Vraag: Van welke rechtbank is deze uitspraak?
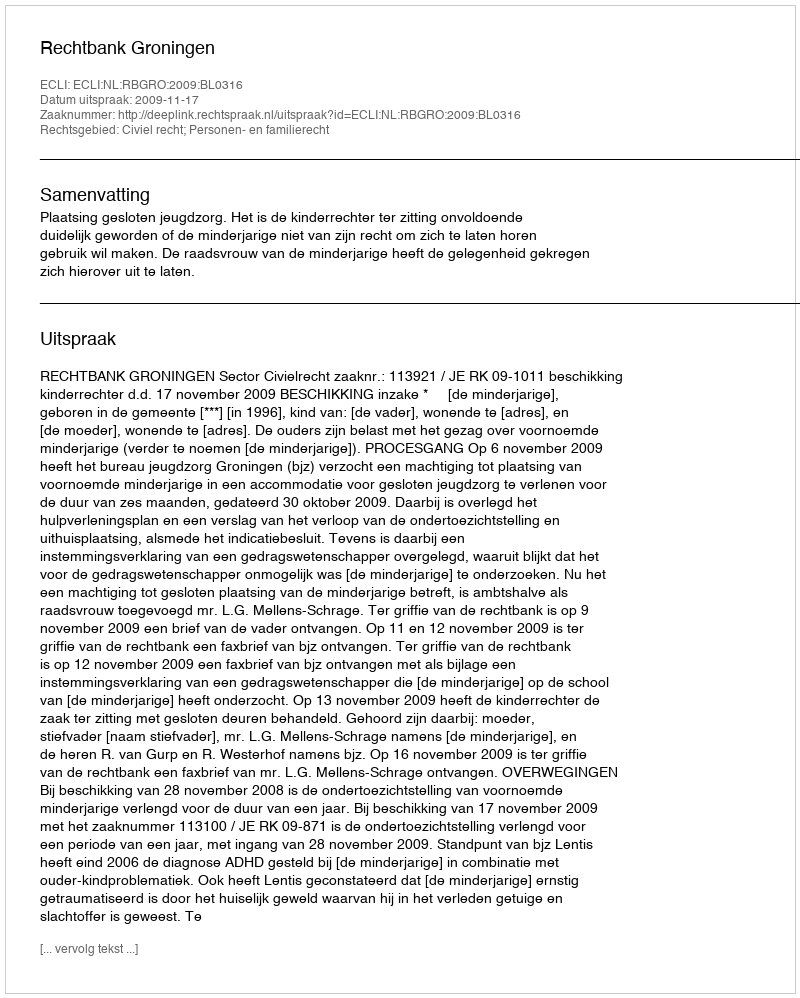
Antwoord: Rechtbank Groningen